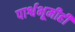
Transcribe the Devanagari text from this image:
पार्श्वभूमीही